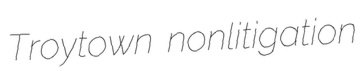
Troytown nonlitigation